Vaccination North-Western Provinces 1866-1877 - 1866-1877
Year: 1866
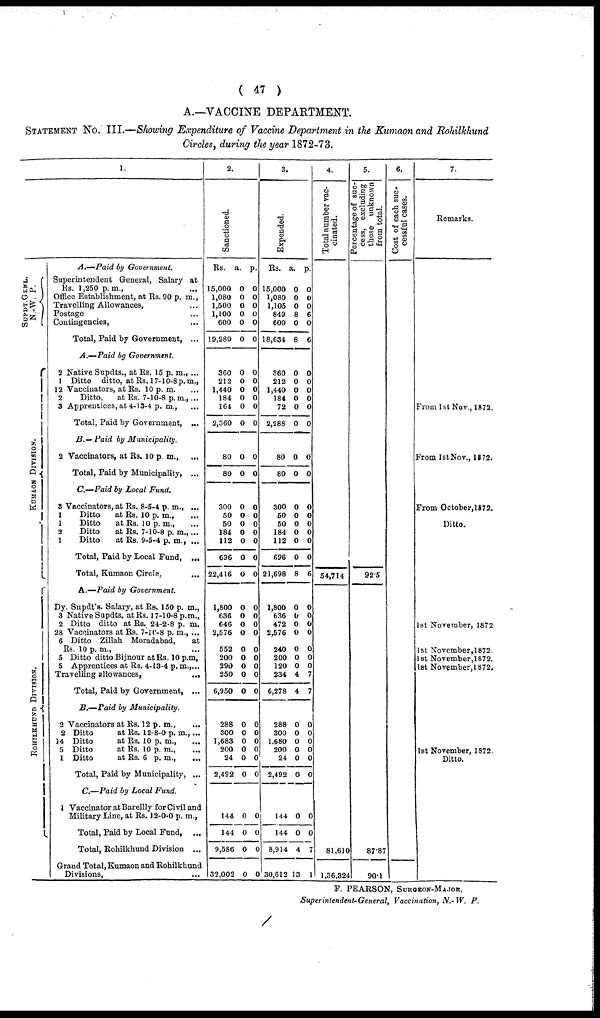
( 47 )
A.—VACCINE DEPARTMENT.
STATEMENT No. III.—Showing Expenditure of Vaccine Department in the Kumaon and Rohilkhund
Circles, during the year 1872-73.
SUPDT.GENL.
N.-W. P.
KUMAON DIVISION.
ROHILKHAND DIVISION.
1.
A.— Paid by Government.
Superintendent General, Salary at
Rs. 1,250 p.m., ...
Office Establishment, at Rs. 90 p. m.,
Travelling Allowances, ...
Postage ...
Contingencies, ...
Total, Paid by Government, ...
A.— Paid by Government.
2 Native Supdts., at Rs. 15 p. m., ...
1 Ditto
ditto, at Rs. 17-10-8 p.m.,
12 Vaccinators, at Rs. 10 p. m., ...
2
Ditto,
at Rs. 7-10-8 p.m., ...
3 Apprentices, at 4-13-4 p. m., ...
Total, Paid by Government,
...
B.— Paid by
Municipality.
2 Vaccinators, at Rs. 10 p. m., ...
Total, Paid by Municipality, ...
C.— Paid by Local Fund.
3 Vaccinators, at Rs. 8-5-4 p. m., ...
1
Ditto
at Rs. 10 p. m.,
...
1
Ditto
at Rs. 10 p. m., ...
2
Ditto
at Rs. 7-10-8 p. m., ...
1
Ditto
at Rs. 9-5-4 p. m., ...
Total, Paid by Local Fund,
...
Total, Kumaon Circle, ...
A.— Paid by Government.
Dy. Supdt's. Salary, at Rs. 150 p. m.,
3 Native Supdts. at Rs.l7-10-8 p.m.,
2 Ditto ditto at Rs. 24-2-8 p. m.
28 Vaccinators at Rs. 7-10-8 p. m., ...
6 Ditto Zillah Moradabad,
at
Rs. 10 p. m., ...
5 Ditto ditto Bijnour at Rs, 10 p.m,
5 Apprentices at Rs. 4-13-4 p. m., ...
Travelling allowances,
...
Total, Paid by Government,
...
B.— Paid by Municipality.
2 Vaccinators at Rs. 12 p. m., ...
2 Ditto
at Rs. 12-8-0 p. m., ...
14 Ditto
at Rs. 10 p. m., ...
5 Ditto
at Rs. 10 p. m., ...
1 Ditto
at Rs. 6 p. m., ...
Total, Paid by Municipality, ...
C.— Paid by Local Fund.
1 Vaccinator at Bareilly for Civil and
Military Line, at Rs. 12-0-0 p. m.,
Total, Paid by Local Fund,
...
Total, Rohilkhund Division
...
Grand Total, Kumaon and Rohilkhund
Divisions, ...
2.
Sanctioned.
Rs.
15,000
1,080
1,500
1,100
600
19,280
360
212
1,440
184
164
2,360
80
80
300
50
50
184
112
696
22,416
1,800
636
646
2,576
552
200
290
250
6,950
288
300
1,683
200
24
2,492
144
144
9,586
32,002
a.
0
0
0
0
0
0
0
0
0
0
0
0
0
0
0
0
0
0
0
0
0
0
0
0
0
0
0
0
0
0
0
0
0
0
0
0
0
0
0
0
p.
0
0
0
0
0
0
0
0
0
0
0
0
0
0
0
0
0
0
0
0
0
0
0
0
0
0
0
0
0
0
0
0
0
0
0
0
0
0
0
0
3.
Expended.
Rs.
15,000
1,080
1,105
849
600
18,634
360
212
1,440
184
72
2,288
80
80
300
50
50
184
112
696
21,698
1,800
636
472
2,576
240
200
120
234
6,278
288
300
1,680
200
24
2,492
144
144
8,914
30,612
a.
0
0
0
8
0
8
0
0
0
0
0
0
0
0
0
0
0
0
0
0
8
0
0
0
0
0
0
0
4
4
0
0
0
0
0
0
0
0
4
13
p.
0
0
0
6
0
6
0
0
0
0
0
0
0
0
0
0
0
0
0
0
6
0
0
0
0
0
0
0
7
7
0
0
0
0
0
0
0
0
7
1
4.
Total number vac-
cinated.
54,714
81,610
1,36,324
5.
Percentage of suc-
cess, excluding
those unknown
from total.
92.5
87.87
90.1
6.
Cost of each suc¬
cessful cases.
7.
Remarks.
From 1st Nov., 1872.
From 1st Nov., 1872;
From October,1872.
Ditto.
1st November, 1872
1st November,1872.
1st November, 1872.
1st November, l872.
1st November, 1872.
Ditto.
F. PEARSON, SURGEON-MAJOR,
Superintendent-General, Vaccination, N.- W. P.